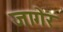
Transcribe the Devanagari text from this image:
जागेर